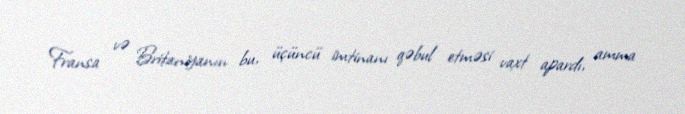
Fransa və Britaniyanın bu, üçüncü imtinanı qəbul etməsi vaxt apardı, amma